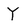
Character: Y